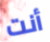
أنت